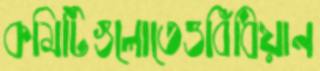
কমিটিগুলোতেওবিঁধিয়ান